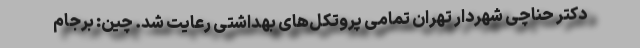
دکتر حناچی شهردار تهران تمامی پروتکل‌های بهداشتی رعایت شد. چین: برجام